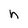
Character: h